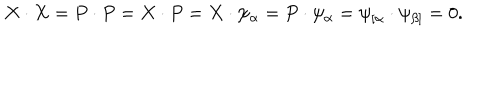
LaTeX: X \cdot X = P \cdot P = X \cdot P = X \cdot \psi _ { \alpha } = P \cdot \psi _ { \alpha } = \psi _ { \lbrack \alpha } \cdot \psi _ { \beta ] } = 0 .